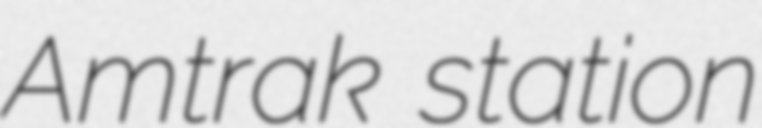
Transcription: Amtrak station